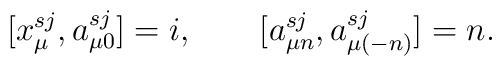
[x_\mu^{s j},a_{\mu 0}^{sj}]=i,\qquad[a_{\mu n}^{sj},a_{\mu(-n)}^{sj}]=n.